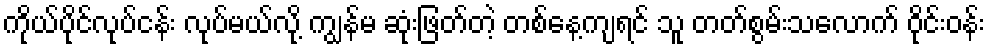
ကိုယ်ပိုင်လုပ်ငန်း လုပ်မယ်လို့ ကျွန်မ ဆုံးဖြတ်တဲ့ တစ်နေ့ကျရင် သူ တတ်စွမ်းသလောက် ဝိုင်းဝန်း